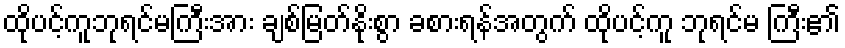
ထိုပင့်ကူဘုရင်မကြီးအား ချစ်မြတ်နိုးစွာ ခစားရန်အတွက် ထိုပင့်ကူ ဘုရင်မ ကြီး၏